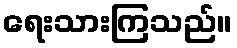
ရေးသားကြသည်။